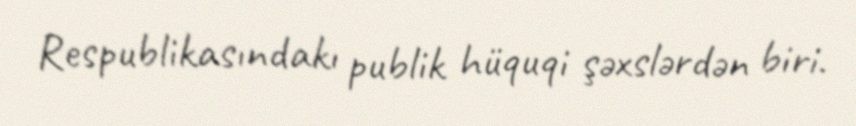
Respublikasındakı publik hüquqi şəxslərdən biri.